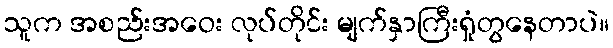
သူက အစည်းအဝေး လုပ်တိုင်း မျက်နှာကြီးရှုံတွနေတာပဲ။